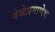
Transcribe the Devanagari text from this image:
वेळेप्रमाणेच